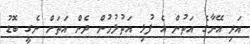
އަދި އޭނާގެ އަތުން އެ ފުޅި އަތުލުމުން ދެން އަތަށް ނެގީ ބޮޑު